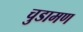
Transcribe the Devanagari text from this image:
चुडामण